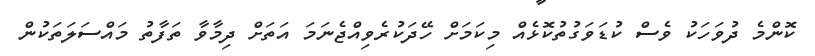
ކޮންމެ ދުވަހަކު ވެސް ކުޑަވަގުތުކޮޅެއް މިކަމަށް ހޭދަކުރެވިއްޖެނަމަ އަތަށް ދިމާވާ ތަފާތު މައްސަލަތަކުން